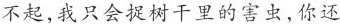
不起，我只会捉树干里的害虫，你还